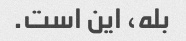
بله، این است.